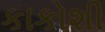
કાકોશી